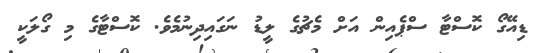
ޑިއޭގޯ ކޮސްޓާ ސްޕެއިން އަށް މެޗުގެ ލީޑު ނަގައިދިނުމެވެ. ކޮސްޓާގެ މި ގޯލަކީ